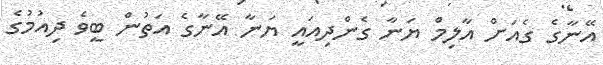
އޭނާގެ ގެއަށް އާލިމް ޔަނާ ގެންދިއައީ ޔަނާ އޭނާގެ އަތުން ބީވެ ދިއުމުގެ